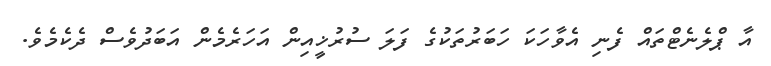
އާ ޕްލެނެޓްތައް ފެނި އެވާހަކަ ހަބަރުތަކުގެ ފަލަ ސުރުޚީއިން އަހަރެމެން އަބަދުވެސް ދެކެމެވެ.